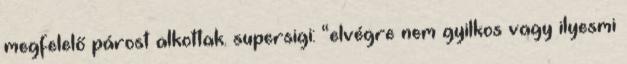
megfelelő párost alkottak. supersigi: “elvégre nem gyilkos vagy ilyesmi